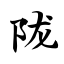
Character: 陇